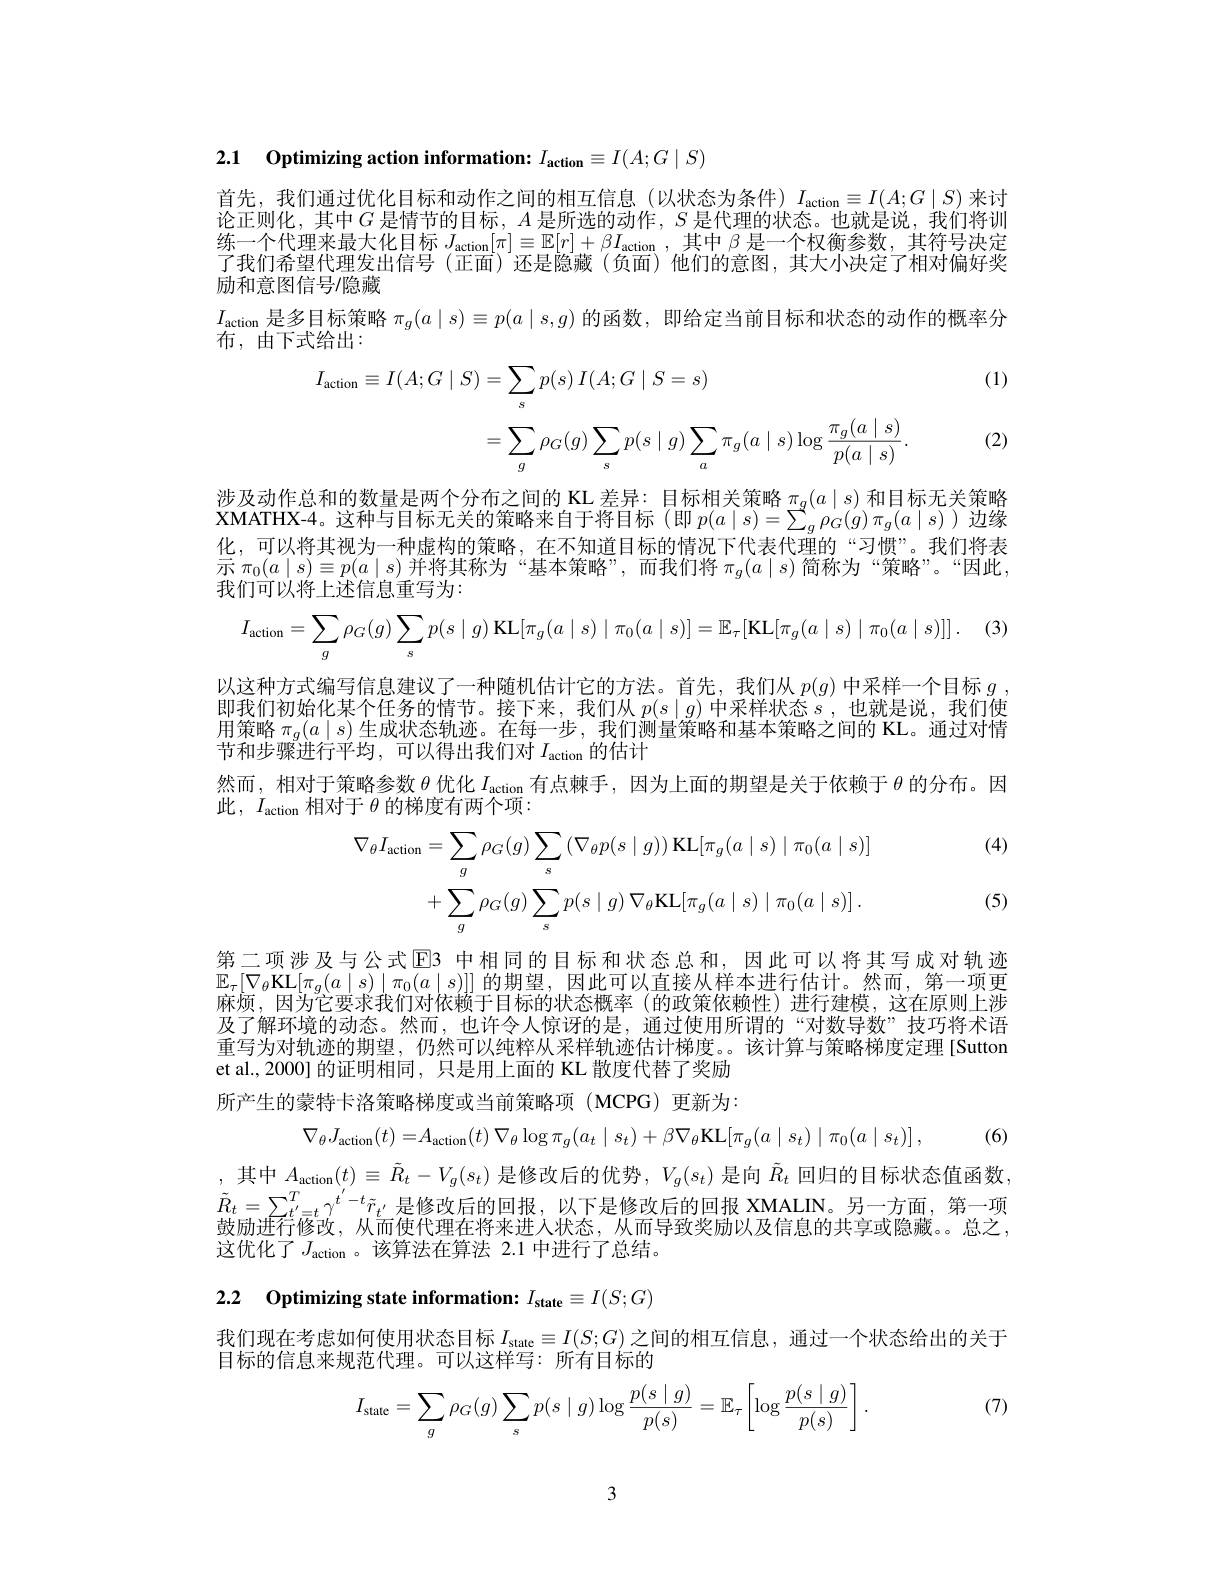
2.1 Optimizing action information: $I_\mathrm{action}\equiv I(A;G\mid S)$

首先，我们通过优化目标和动作之间的相互信息(以状态为条件)$I_\mathrm{action}\equiv I(A;G\mid S)$来讨论正则化，其中$G$是情节的目标，$A$是所选的动作，$S$是代理的状态。也就是说，我们将训练一个代理来最大化目标$J_{\mathrm{action}}[ \pi ] \equiv \mathbb{E} [ r] + \beta I_{\mathrm{action}}$,其中$\beta$是一个权衡参数，其符号决定了我们希望代理发出信号(正面)还是隐藏(负面)他们的意图，其大小决定了相对偏好奖励和意图信号/隐藏
$I_{\text{action 是多目标策略 }\pi_g}(a\mid s)\equiv p(a\mid s,g)$的函数，即给定当前目标和状态的动作的概率分
布，由下式给出：

(1)
$$\begin{aligned}I_{\mathrm{action}}\equiv I(A;G\mid S)&=\sum_{s}p(s)\:I(A;G\mid S=s)\\&=\sum_{g}\rho_{G}(g)\sum_{s}p(s\mid g)\sum_{a}\pi_{g}(a\mid s)\log\frac{\pi_{g}(a\mid s)}{p(a\mid s)}.\end{aligned}$$
(2)

涉及动作总和的数量是两个分布之间的 KL 差异：目标相关策略$\pi_g(a\mid s)$ 和目标无关策略XMATHX- 4。这 种 与 目 标 无 关 的 策 略 来 自 于 将 目 标 ( 即 $p( a\mid s) = \sum _g\rho _G( g) \pi _g( a\mid s)$边缘化，可以将其视为一种虚构的策略，在不知道目标的情况下代表代理的“习惯”。我们将表示$\pi_0(a\mid s)\equiv p(a\mid s)$并将其称为“基本策略”,而我们将$\pi_g(a\mid s)$简称为“策略”。“因此， 我们可以将上述信息重写为：
$$I_{\text{action}}=\sum_g\rho_G(g)\sum_sp(s\mid g)\operatorname{KL}[\pi_g(a\mid s)\mid\pi_0(a\mid s)]=\mathbb{E}_\tau[\operatorname{KL}[\pi_g(a\mid s)\mid\pi_0(a\mid s)]]\:.$$
以这种方式编写信息建议了一种随机估计它的方法。首先，我们从$p(g)$中采样一个目标$g$ , 即我们初始化某个任务的情节。接下来，我们从$p(s\mid g)$中采样状态$s$ ,也就是说，我们使用策略$\pi_g(a\mid s)$生成状态轨迹。在每一步，我们测量策略和基本策略之间的 KL。通过对情节和步骤进行平均，可以得出我们对$I_\mathrm{action}$的估计
然而，相对于策略参数$\theta$优化$I_\mathrm{action}$有点棘手，因为上面的期望是关于依赖于$\theta$的分布。因
此$,I_{\mathrm{action}}$相对于$\theta$的梯度有两个项：
(4)
$$\begin{aligned}\nabla_{\theta}I_{\mathrm{action}}&=\sum_{g}\rho_{G}(g)\sum_{s}\left(\nabla_{\theta}p(s\mid g)\right)\mathrm{KL}[\pi_{g}(a\mid s)\mid\pi_{0}(a\mid s)]\\&+\sum_{g}\rho_{G}(g)\sum_{s}p(s\mid g)\:\nabla_{\theta}\mathrm{KL}[\pi_{g}(a\mid s)\mid\pi_{0}(a\mid s)]\:.\end{aligned}$$
(5)

第二项涉及与公式E3 中相同的目标和状态总和，因此可以将其写成对轨迹$\mathbb{E}_\tau[\nabla_\theta$KL$[\pi_g(a\mid s)\mid\pi_0(a\mid s)]]$的期望，因此可以直接从样本进行估计。然而，第一项更麻烦。因为它要求我们对依赖于目标的状态概率(的政策依赖性)并行建模，这在原则上涉及了解环境的动态。然而，也许令人惊讶的是，通过使用所谓的“对数导数”技巧将术语重写为对轨迹的期望，仍然可以纯粹从采样轨迹估计梯度。。该计算与策略梯度定理[Sutton et al.,2000] 的证明相同，只是用上面的 KL 散度代替了奖励所产生的蒙特卡洛策略梯度或当前策略项(MCPG)更新为：

, (6)
$$\nabla_{\theta}J_{\mathrm{action}}(t)=A_{\mathrm{action}}(t)\:\nabla_{\theta}\log\pi_{g}(a_{t}\mid s_{t})+\beta\nabla_{\theta}\mathrm{KL}[\pi_{g}(a\mid s_{t})\mid\pi_{0}(a\mid s_{t})]\:,$$
,其中$A_{\mathrm{action}}(t)\equiv\tilde{R}_{t}-V_{g}(s_{t})$是修改后的优势$,V_g(s_{t})$是向$\tilde{R}_{t}$回归的目标状态值函数$\tilde{R} _{t}= \sum _{t^{\prime }= t}^{T}\gamma ^{t^{\prime }- t}\tilde{r} _{t^{\prime }}$是 修 改 后 的 回 报 , 以 下 是 修 改 后 的 回 报 XMALIN。另 一 方 面 , 第 一 项 散 励 讲 行 修 改 , 从 而 使 代 理 在 将 来 进 入 状 态 , 从 而 导 致 奖 励 以 及 信 息 的 共 享 或 隐 藏 。总 之这优化了$J_\mathrm{action}$。该算法在算法 2.1 中进行了总结。

2.2 Optimizing state information: $I_\mathrm{state}\equiv I(S;G)$
我们现在考虑如何使用状态目标$I_\mathrm{state}\equiv I(S;G)$之间的相互信息，通过一个状态给出的关于
目标的信息来规范代理。可以这样写：所有目标的

(7)
$$\begin{aligned}I_{\text{state}}=\sum_g\rho_G(g)\sum_sp(s\mid g)\log\frac{p(s\mid g)}{p(s)}=\mathbb{E}_\tau\left[\log\frac{p(s\mid g)}{p(s)}\right].\end{aligned}$$
3